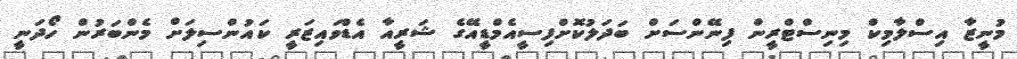
މުނީޒާ އިސްލާމިކް މިނިސްޓްރީން ފިނޭންސަށް ބަދަލުކޮށްފިސީއެމްޑީއޭގެ ޝަރީއާ އެޑްވައިޒަރީ ކައުންސިލަށް މެންބަރުން ހޯދަނީ